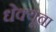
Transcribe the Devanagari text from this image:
धेक्यूबा